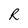
Character: R